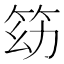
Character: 𥬓